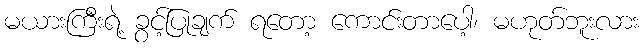
မယားကြီးရဲ့ ခွင့်ပြုချက် ရတော့ ကောင်းတာပေါ့၊ မဟုတ်ဘူးလား